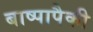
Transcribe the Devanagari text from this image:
बाष्पापैकी